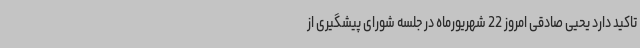
تاکید دارد یحیی صادقی امروز 22 شهریورماه در جلسه شورای پیشگیری از